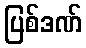
ပြစ်ဒဏ်